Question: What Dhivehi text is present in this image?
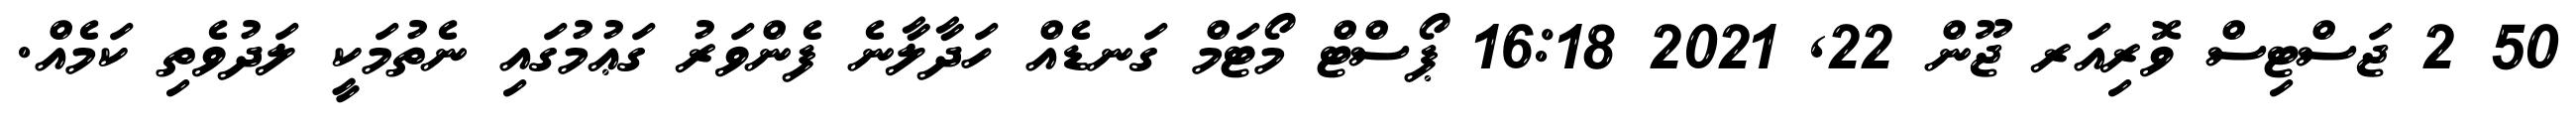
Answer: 50 2 ޖަސްޓިސް ވޮރިއަރ ޖޫން 22, 2021 16:18 ޕޯސްޓް މޯޓަމް ގަނޑެއް ހަދާލާނެ ފެންވަރު ގަޢުމުގައި ނެތުމަކީ ލަދުވެތި ކަމެއް.